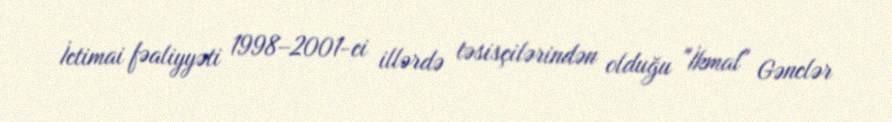
İctimai fəaliyyəti 1998–2001-ci illərdə təsisçilərindən olduğu "İkmal" Gənclər